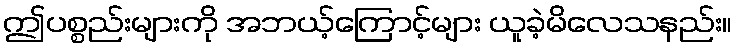
ဤပစ္စည်းများကို အဘယ့်ကြောင့်များ ယူခဲ့မိလေသနည်း။